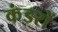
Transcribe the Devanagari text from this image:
कंडरों